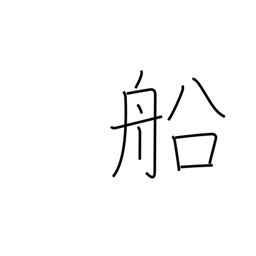
Meaning: ship